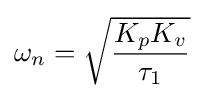
\omega _{n}={\sqrt {\frac {K_{p}K_{v}}{\tau _{1}}}}